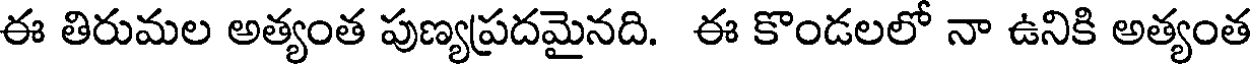
ఈ తిరుమల అత్యంత పుణ్యప్రదమైనది. ఈ కొండలలో నా ఉనికి అత్యంత